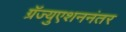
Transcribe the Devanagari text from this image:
ग्रॅज्युएशननंतर